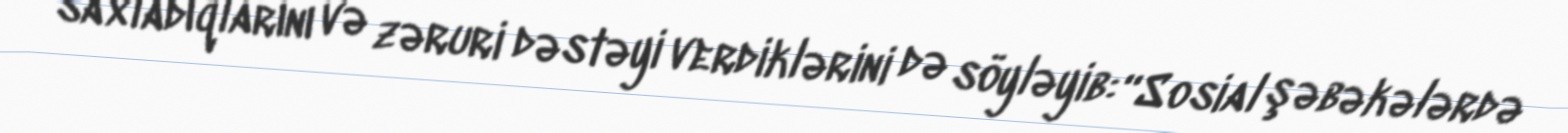
saxladıqlarını və zəruri dəstəyi verdiklərini də söyləyib: “Sosial şəbəkələrdə